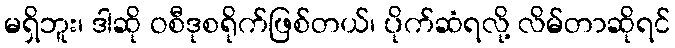
မရှိဘူး၊ ဒါဆို ဝစီဒုစရိုက်ဖြစ်တယ်၊ ပိုက်ဆံရလို့ လိမ်တာဆိုရင်